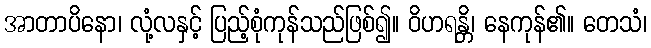
အာတာပိနော၊ လုံ့လနှင့် ပြည့်စုံကုန်သည်ဖြစ်၍။ ဝိဟရန္တိ၊ နေကုန်၏။ တေသံ၊